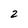
Character: 2